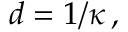
d = 1 / \kappa \, ,